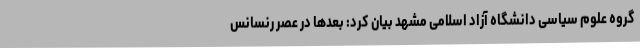
گروه علوم سیاسی دانشگاه آزاد اسلامی مشهد بیان کرد: بعدها در عصر رنسانس